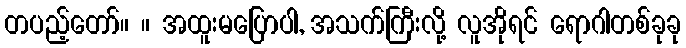
တပည့်တော်။ ။ အထူးမပြောပါ, အသက်ကြီးလို့ လူအိုရင် ရောဂါတစ်ခုခု